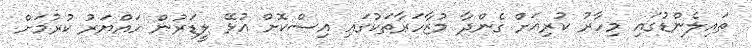
ތައިލެންޑުގައި މިހާރު ކުރިއަށް ގެންދާ މުޒާހަރާތަކުގައި އިސްކޮށް އުޅޭ ލީޑަރުން ހައްޔަރު ކުރުމަށް